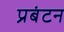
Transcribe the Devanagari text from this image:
प्रबंटन